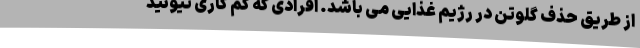
از طریق حذف گلوتن در رژیم غذایی می باشد. افرادی که کم کاری تیوئید